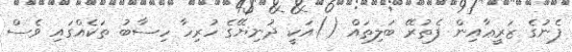
ފެނުގެ ޒަރީޢާއިން ފެތުރޭ ބަލިތައް ()އަކީ ދުނިޔޭގެ ހުރިހާ ހިސާބު ތަކެއްގައި ވެސް